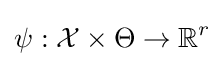
\psi :{\mathcal {X}}\times \Theta \rightarrow \mathbb {R} ^{r}